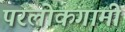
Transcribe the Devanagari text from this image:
परलोकगामी